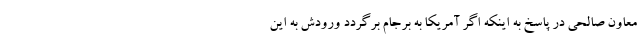
معاون صالحی در پاسخ به اینکه اگر آمریکا به برجام برگردد ورودش به این